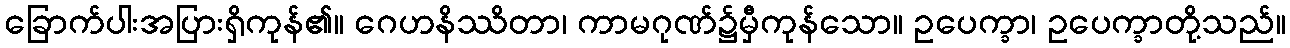
ခြောက်ပါးအပြားရှိကုန်၏။ ဂေဟနိဿိတာ၊ ကာမဂုဏ်၌မှီကုန်သော။ ဥပေက္ခာ၊ ဥပေက္ခာတို့သည်။